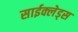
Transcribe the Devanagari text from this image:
साईक्लेड्स